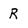
Character: R